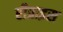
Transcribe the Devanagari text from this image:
रीप्राइस